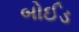
બોઈડ